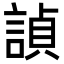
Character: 𬢵